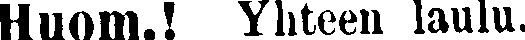
Huom.! Yhteen laulu.